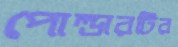
পোল্ডারটির